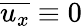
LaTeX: \overline{{u_{x}}}\equiv 0